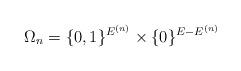
LaTeX: \begin{align*}\Omega_{n}=\{0,1\}^{E^{(n)}}\times\{0\}^{E-E^{(n)}}\end{align*}